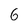
Character: 6